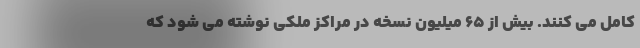
کامل می کنند. بیش از ۶۵ میلیون نسخه در مراکز ملکی نوشته می شود که